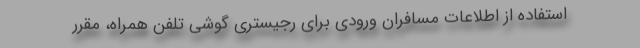
استفاده از اطلاعات مسافران ورودی برای رجیستری گوشی تلفن همراه، مقرر